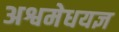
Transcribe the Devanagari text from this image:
अश्वमेधयज्ञ